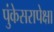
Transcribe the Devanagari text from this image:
पुंकेसरापेक्षा